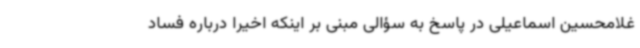
غلامحسین اسماعیلی در پاسخ به سؤالی مبنی بر اینکه اخیراً درباره فساد